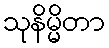
သုနိမ္မိတာ